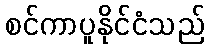
စင်ကာပူနိုင်ငံသည်